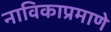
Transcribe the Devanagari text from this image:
नाविकाप्रमाणे